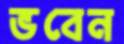
ভবেন